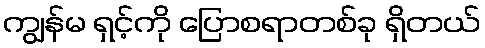
ကျွန်မ ရှင့်ကို ပြောစရာတစ်ခု ရှိတယ်